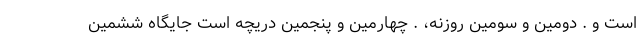
است و . دومین و سومین روزنه، . چهارمین و پنجمین دریچه است جایگاه ششمین